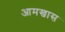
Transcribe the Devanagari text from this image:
आमखास